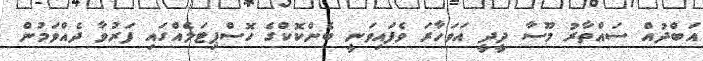
އަބްދުއް ސައްތާރު މޫސާ ދީދީ އަވަހާރަ ވެފައިވަނީ ބެންކޮކްގެ ހޮސްޕިޓަލެއްގައި ފަރުވާ ދެއްވަމުން